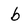
Character: b